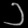
Digit: ၁